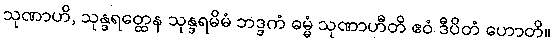
သုဏာဟိ, သုန္ဒရတ္ထေန သုန္ဒရမိမံ ဘဒ္ဒကံ ဓမ္မံ သုဏာဟီတိ ဧဝံ ဒီပိတံ ဟောတိ။